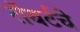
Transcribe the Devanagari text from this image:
रॉबर्टचे